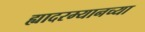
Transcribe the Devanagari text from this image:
ह्यादरम्यानच्या